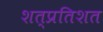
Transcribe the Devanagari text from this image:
शत्प्रतिशत